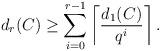
LaTeX: \begin{align*}d_r(C)\geq \sum_{i=0}^{r-1}\left\lceil\frac{d_1(C)}{q^i}\right\rceil.\end{align*}